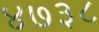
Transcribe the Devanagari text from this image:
४७३८